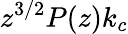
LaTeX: z^{3/2}P(z)k_{c}